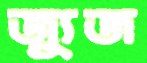
জ্যুজ